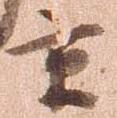
京